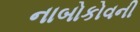
નાબોકોવની